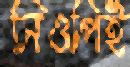
সিওপিই